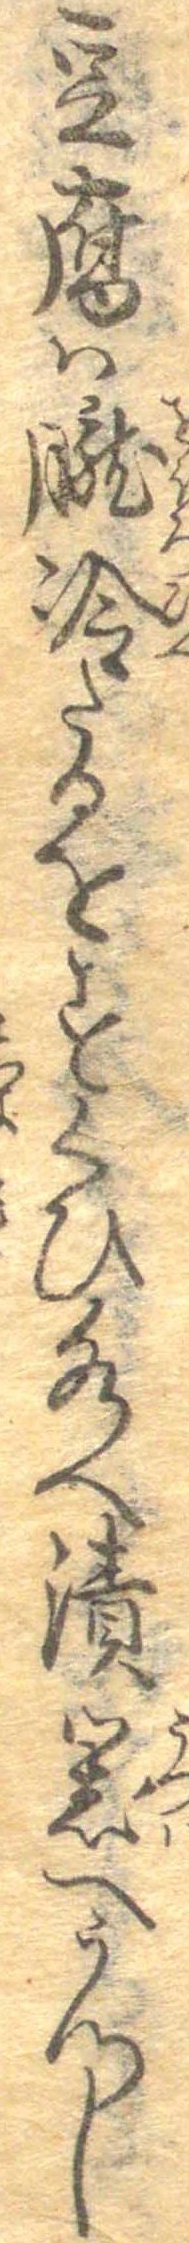
豆腐は朧冷たるをすくひ水へ漬器へうつし